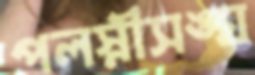
পলস্নীসঙ্ঘ